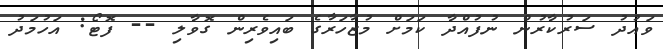
ވައުދު ސަރުކާރުން ނުފުއްދާ ކަމަށް މުޒާހަރާގެ ބައިވެރިން ގޮވާލި -- ފޮޓޯ: އަހުމަދު